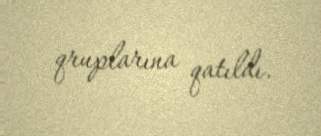
qruplarına qatıldı.